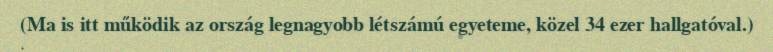
(Ma is itt működik az ország legnagyobb létszámú egyeteme, közel 34 ezer hallgatóval.)